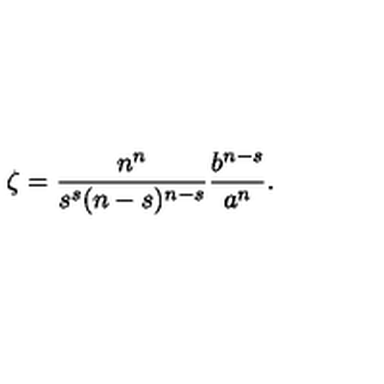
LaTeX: \zeta = \frac { n ^ { n } } { s ^ { s } ( n - s ) ^ { n - s } } \frac { b ^ { n - s } } { a ^ { n } } .